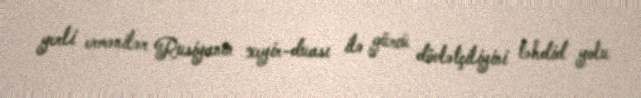
yerli ermənilər Rusiyanın xeyir-duası ilə gürcü dövlətçiliyini təhdid yolu